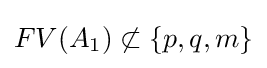
FV(A_{1})\not \subset \{p,q,m\}